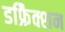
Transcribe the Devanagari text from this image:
डफ्रैिक्शन